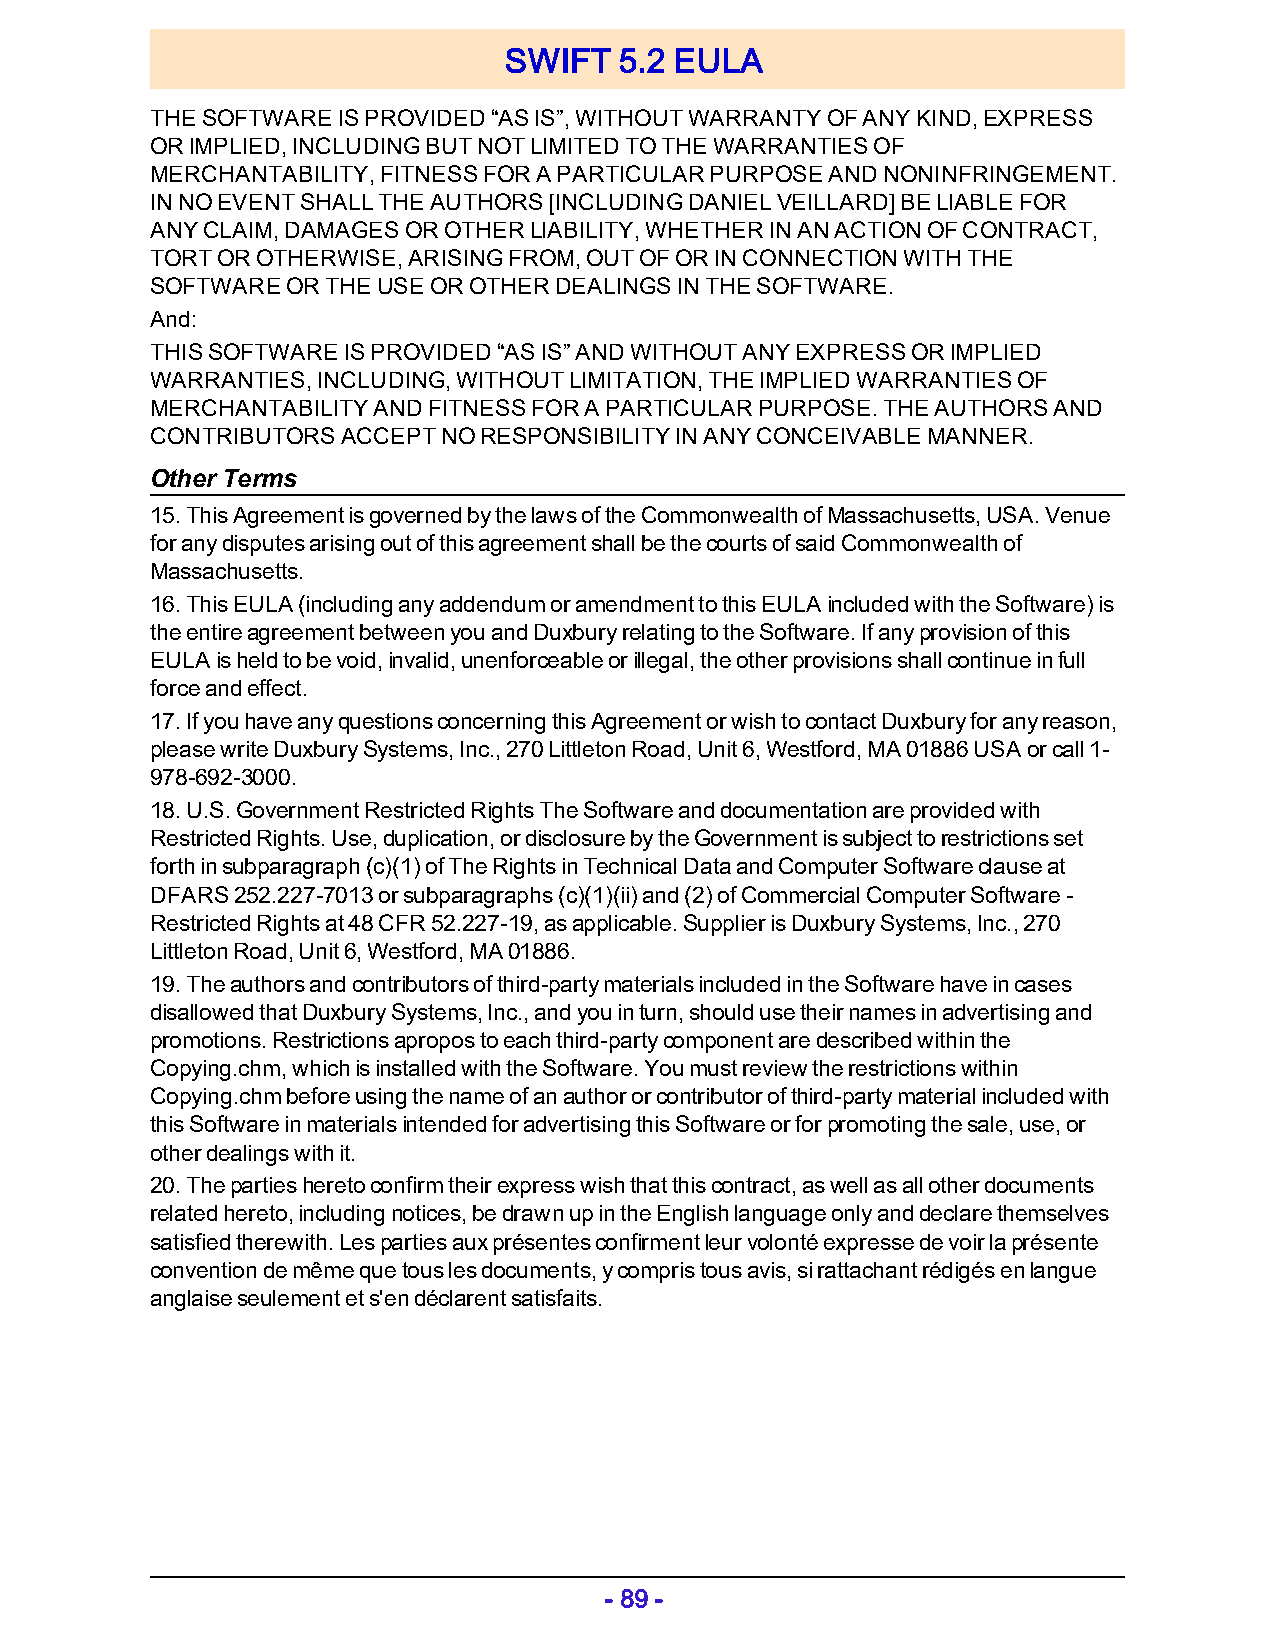
SWIFT   5.2 EULA
 THE SOFTWARE IS PROVIDED “AS IS”, WITHOUT WARRANTY OF ANY KIND, EXPRESS
 OR IMPLIED, INCLUDING BUT NOT LIMITED TO THE WARRANTIES OF
 MERCHANTABILITY, FITNESS FOR A PARTICULAR PURPOSE AND NONINFRINGEMENT.
 IN NO EVENT SHALL THE AUTHORS [INCLUDING DANIEL VEILLARD] BE LIABLE FOR
 ANY CLAIM, DAMAGES OR OTHER LIABILITY, WHETHER IN AN ACTION OF CONTRACT,
 TORT OR OTHERWISE, ARISING FROM, OUT OF OR IN CONNECTION WITH THE
 SOFTWARE OR THE USE OR OTHER DEALINGS IN THE SOFTWARE.
 And:
 THIS SOFTWARE IS PROVIDED “AS IS” AND WITHOUT ANY EXPRESS OR IMPLIED
 WARRANTIES, INCLUDING, WITHOUT LIMITATION, THE IMPLIED WARRANTIES OF
 MERCHANTABILITY AND FITNESS FOR A PARTICULAR PURPOSE. THE AUTHORS AND
 CONTRIBUTORS ACCEPT NO RESPONSIBILITY IN ANY CONCEIVABLE MANNER.
 Other Terms
 15. This Agreement is governed by the laws of the Commonwealth of Massachusetts, USA. Venue
 for any disputes arising out of this agreement shall be the courts of said Commonwealth of
 Massachusetts.
 16. This EULA (including any addendum or amendment to this EULA included with the Software) is
 the entire agreement between you and Duxbury relating to the Software. If any provision of this
 EULA is held to be void, invalid, unenforceable or illegal, the other provisions shall continue in full
 force and effect.
 17. If you have any questions concerning this Agreement or wish to contact Duxbury for any reason,
 please write Duxbury Systems, Inc., 270 Littleton Road, Unit 6, Westford, MA 01886 USA or call 1-
 978-692-3000.
 18. U.S. Government Restricted Rights The Software and documentation are provided with
 Restricted Rights. Use, duplication, or disclosure by the Government is subject to restrictions set
 forth in subparagraph (c)(1) of The Rights in Technical Data and Computer Software clause at
 DFARS 252.227-7013 or subparagraphs (c)(1)(ii) and (2) of Commercial Computer Software -
 Restricted Rights at 48 CFR 52.227-19, as applicable. Supplier is Duxbury Systems, Inc., 270
 Littleton Road, Unit 6, Westford, MA 01886.
 19. The authors and contributors of third-party materials included in the Software have in cases
 disallowed that Duxbury Systems, Inc., and you in turn, should use their names in advertising and
 promotions. Restrictions apropos to each third-party component are described within the
 Copying.chm, which is installed with the Software. You must review the restrictions within
 Copying.chm before using the name of an author or contributor of third-party material included with
 this Software in materials intended for advertising this Software or for promoting the sale, use, or
 other dealings with it.
 20. The parties hereto confirm their express wish that this contract, as well as all other documents
 related hereto, including notices, be drawn up in the English language only and declare themselves
 satisfied therewith. Les parties aux présentes confirment leur volonté expresse de voir la présente
 convention de même que tous les documents, y compris tous avis, si rattachant rédigés en langue
 anglaise seulement et s'en déclarent satisfaits.
 - 89 -